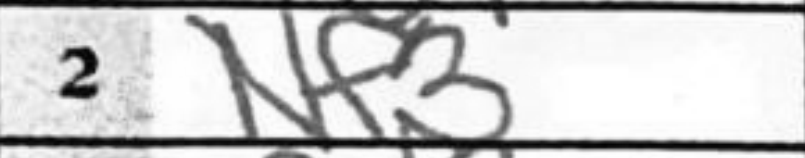
Transcription: Nf3